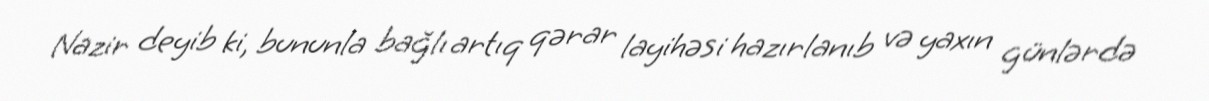
Nazir deyib ki, bununla bağlı artıq qərar layihəsi hazırlanıb və yaxın günlərdə